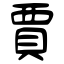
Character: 賈